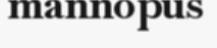
mannopus